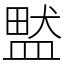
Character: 盢